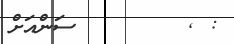
: